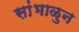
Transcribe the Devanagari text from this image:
सांभाळुन